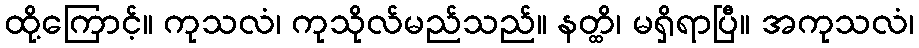
ထို့ကြောင့်။ ကုသလံ၊ ကုသိုလ်မည်သည်။ နတ္ထိ၊ မရှိရာပြီ။ အကုသလံ၊